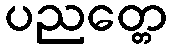
ပညတ္တေ